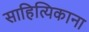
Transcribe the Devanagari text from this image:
साहित्यिकाना